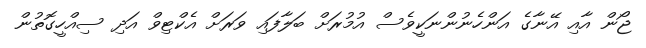
ޖޯން އާއި އޭނާގެ އަންހެނުންނަކީވެސް އުމުރަށް ބަލާފައި ވަރަށް އެކްޓިވް އަދި ސިއްހީގޮތުން